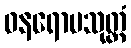
ဝနရောပသုတ္တံ